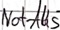
Text: Not-AUS